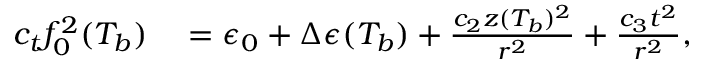
\begin{array} { r l } { c _ { t } f _ { 0 } ^ { 2 } ( T _ { b } ) } & { { } = \epsilon _ { 0 } + \Delta \epsilon ( T _ { b } ) + \frac { c _ { 2 } z ( T _ { b } ) ^ { 2 } } { r ^ { 2 } } + \frac { c _ { 3 } t ^ { 2 } } { r ^ { 2 } } , } \end{array}